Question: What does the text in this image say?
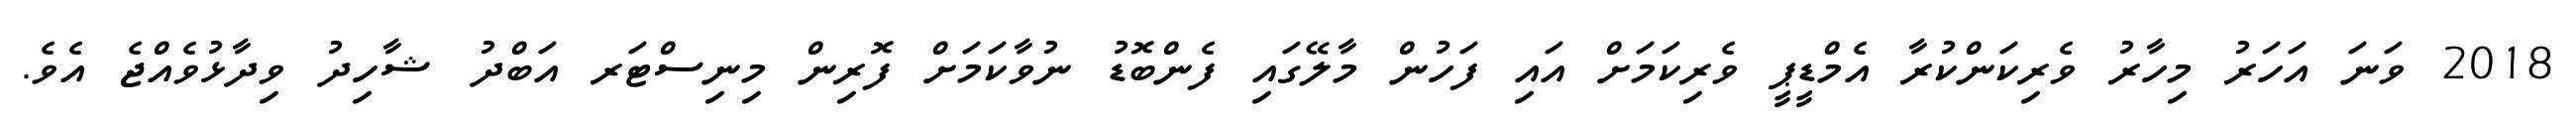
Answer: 2018 ވަނަ އަހަރު މިހާރު ވެރިކަންކުރާ އެމްޑީޕީ ވެރިކަމަށް އައި ފަހުން މާލޭގައި ފެންބޮޑު ނުވާކަމަށް ފޮރިން މިނިސްޓަރ އަބްދު ޝާހިދު ވިދާޅުވެއްޖެ އެވެ.